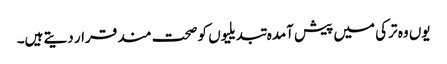
یوں وہ ترکی میں پیش آمدہ تبدیلیوں کو صحت مند قرار دیتے ہیں۔